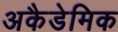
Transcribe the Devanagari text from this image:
अकैडेमिक